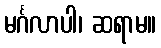
မင်္ဂလာပါ၊ ဆရာမ။